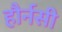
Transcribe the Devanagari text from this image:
हौर्नसी